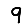
Digit: 9